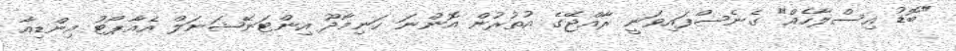
"ބޮޑު އިސްލާހެއް" ގެނެސްފައިވަނީ ރާއްޖޭގެ އުތުރުން އޮންނަ ހަނިމާދޫ އިންޓަނޭޝަނަލް އެއާޕޯޓު އިންޑިއާ